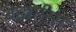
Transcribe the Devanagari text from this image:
बेक्कारिस